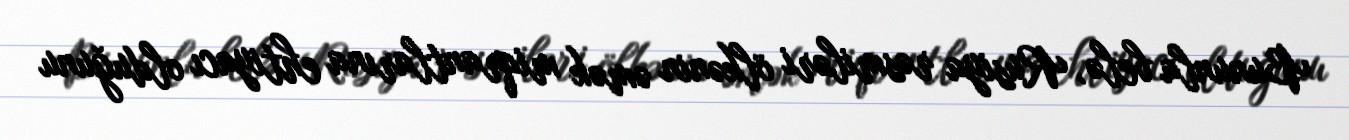
Bununla belə, Rusiya rəsmiləri ölkənin əmək miqrantlarına ehtiyacı olduğunu